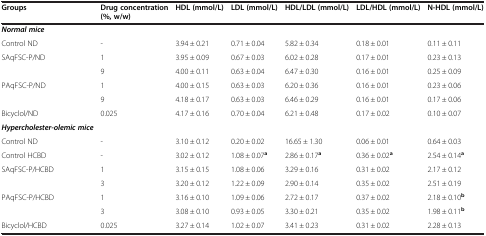
<table><thead><tr><td><b>Groups</b></td><td><b>Drug concentration (%, w/w)</b></td><td><b>HDL (mmol/L)</b></td><td><b>LDL (mmol/L)</b></td><td><b>HDL/LDL (mmol/L)</b></td><td><b>LDL/HDL (mmol/L)</b></td><td><b>N-HDL (mmol/L)</b></td></tr></thead><tbody><tr><td><b><i>Normal mice</i></b></td><td> </td><td> </td><td> </td><td> </td><td> </td><td> </td></tr><tr><td>Control ND</td><td>-</td><td>3.94 ± 0.21</td><td>0.71 ± 0.04</td><td>5.82 ± 0.34</td><td>0.18 ± 0.01</td><td>0.11 ± 0.11</td></tr><tr><td>SAqFSC-P/ND</td><td>1</td><td>3.95 ± 0.09</td><td>0.67 ± 0.03</td><td>6.02 ± 0.28</td><td>0.17 ± 0.01</td><td>0.23 ± 0.13</td></tr><tr><td> </td><td>9</td><td>4.00 ± 0.11</td><td>0.63 ± 0.04</td><td>6.47 ± 0.30</td><td>0.16 ± 0.01</td><td>0.25 ± 0.09</td></tr><tr><td>PAqFSC-P/ND</td><td>1</td><td>4.00 ± 0.15</td><td>0.63 ± 0.03</td><td>6.20 ± 0.36</td><td>0.16 ± 0.01</td><td>0.23 ± 0.06</td></tr><tr><td> </td><td>9</td><td>4.18 ± 0.17</td><td>0.63 ± 0.03</td><td>6.46 ± 0.29</td><td>0.16 ± 0.01</td><td>0.17 ± 0.06</td></tr><tr><td>Bicyclol/ND</td><td>0.025</td><td>4.17 ± 0.16</td><td>0.70 ± 0.04</td><td>6.21 ± 0.48</td><td>0.17 ± 0.02</td><td>0.10 ± 0.07</td></tr><tr><td><b><i>Hypercholester-olemic mice</i></b></td><td> </td><td> </td><td> </td><td> </td><td> </td><td> </td></tr><tr><td>Control ND</td><td>-</td><td>3.10 ± 0.12</td><td>0.20 ± 0.02</td><td>16.65 ± 1.30</td><td>0.06 ± 0.01</td><td>0.64 ± 0.03</td></tr><tr><td>Control HCBD</td><td>-</td><td>3.02 ± 0.12</td><td>1.08 ± 0.07<sup><b>a</b></sup></td><td>2.86 ± 0.17<sup><b>a</b></sup></td><td>0.36 ± 0.02<sup><b>a</b></sup></td><td>2.54 ± 0.14<sup><b>a</b></sup></td></tr><tr><td>SAqFSC-P/HCBD</td><td>1</td><td>3.15 ± 0.15</td><td>1.08 ± 0.06</td><td>3.29 ± 0.16</td><td>0.31 ± 0.02</td><td>2.17 ± 0.12</td></tr><tr><td> </td><td>3</td><td>3.20 ± 0.12</td><td>1.22 ± 0.09</td><td>2.90 ± 0.14</td><td>0.35 ± 0.02</td><td>2.51 ± 0.19</td></tr><tr><td>PAqFSC-P/HCBD</td><td>1</td><td>3.16 ± 0.10</td><td>1.09 ± 0.06</td><td>2.72 ± 0.17</td><td>0.37 ± 0.02</td><td>2.18 ± 0.10<sup><b>b</b></sup></td></tr><tr><td> </td><td>3</td><td>3.08 ± 0.10</td><td>0.93 ± 0.05</td><td>3.30 ± 0.21</td><td>0.35 ± 0.02</td><td>1.98 ± 0.11<sup><b>b</b></sup></td></tr><tr><td>Bicyclol/HCBD</td><td>0.025</td><td>3.27 ± 0.14</td><td>1.02 ± 0.07</td><td>3.41 ± 0.23</td><td>0.31 ± 0.02</td><td>2.28 ± 0.13</td></tr></tbody></table>